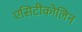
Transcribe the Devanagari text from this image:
एसिटीकोलिन